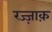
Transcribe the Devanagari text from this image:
रज्ज़ाक़